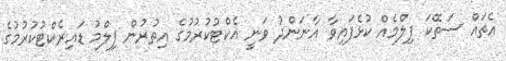
އެތައް ސަތޭކަ ފިލްމެއް ކުޅެފައިވާ އާނަންދު ވަނީ އެކްޓުކުރުމުގެ އިތުރުން ފިލްމު ޑައިރެކްޓުކުރުމުގެ